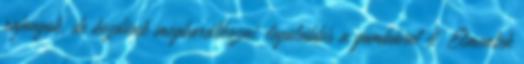
rajongok, de kezdünk megbarátkozni, legalábbis a gombával 4. Elmentek